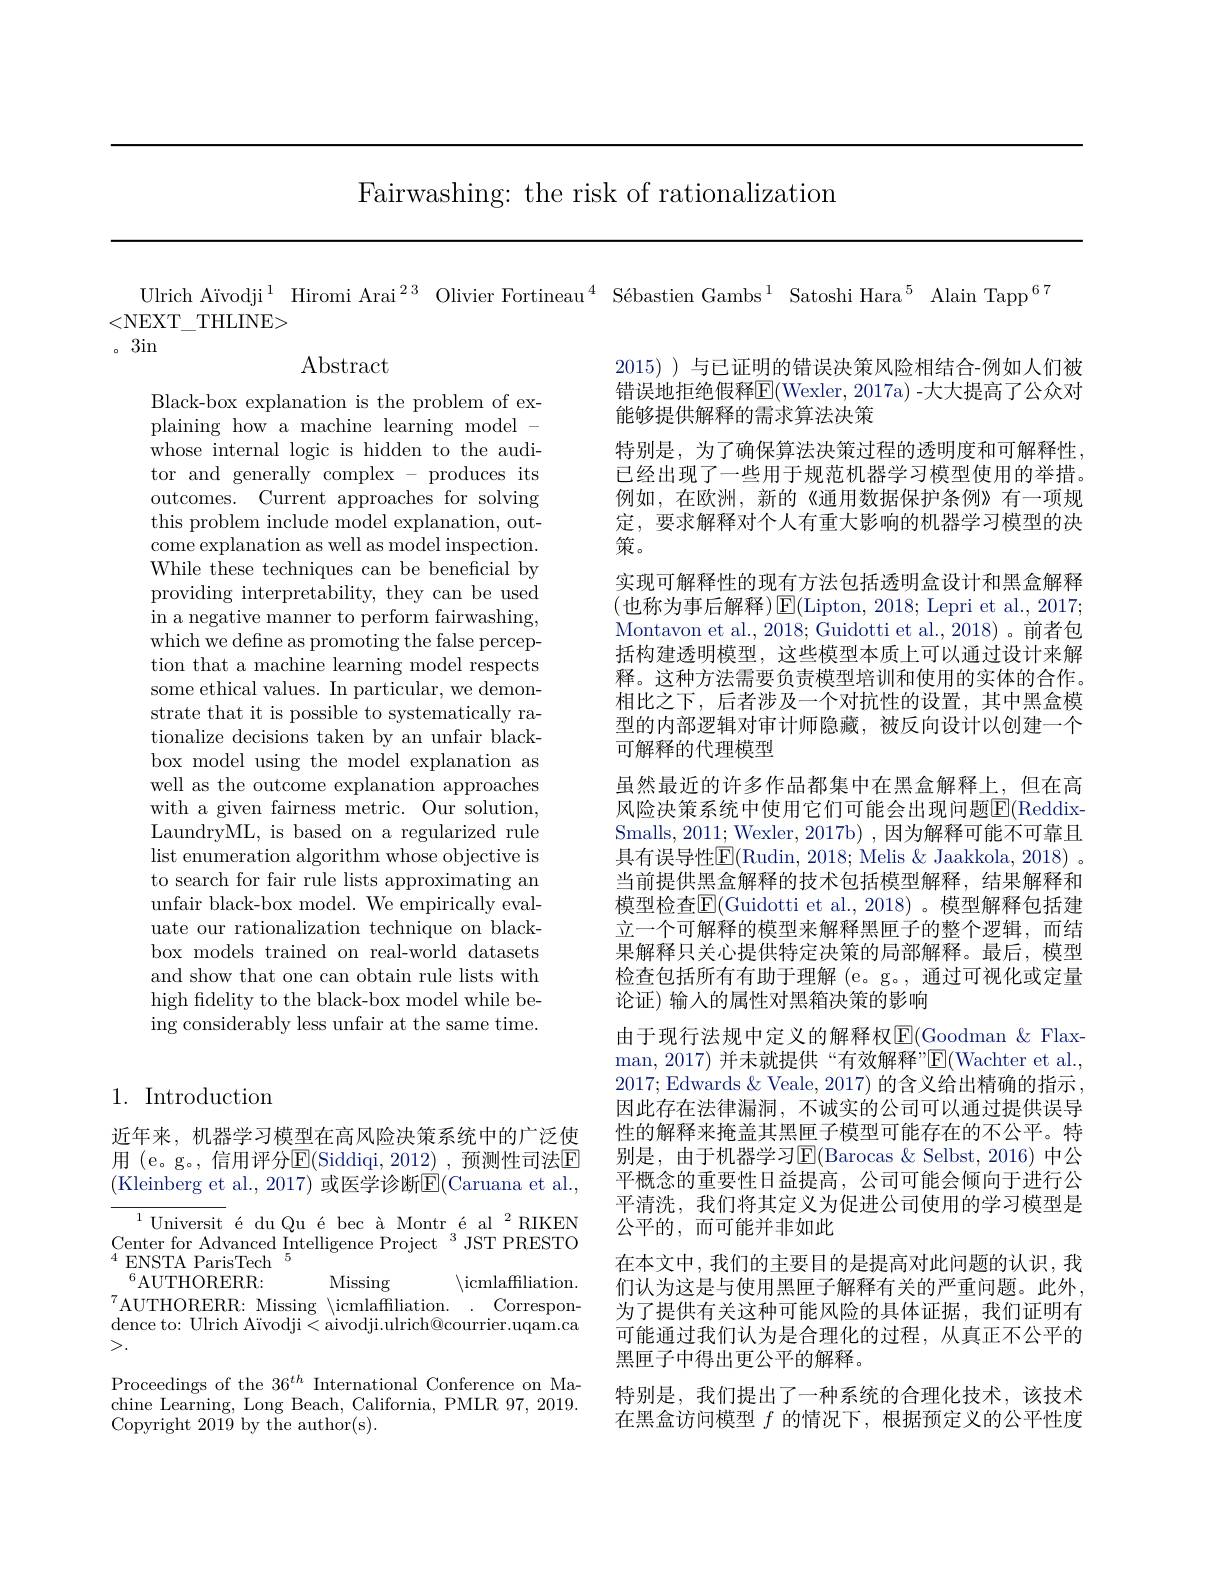
Fairwashing: the risk of rationalization

Ulrich Aïvodji$^{1}$ Hiromi Arai$^{23}$ Olivier Fortineau$^{4}$ Sébastien Gambs$^{1}$ Satoshi Hara$^{5}$ Alain Tapp$^{67}$
<NEXT\_THLINE>
。3in

Abstract

Black-box explanation is the problem of explaining how a machine learning model - whose internal logic is hidden to the auditor and generally complex - produces its outcomes. Current approaches for solving this problem include model explanation, outcome explanation as well as model inspection. While these techniques can be beneficial by providing interpretability, they can be used in a negative manner to perform fairwashing, which we define as promoting the false perception that a machine learning model respects some ethical values. In particular, we demonstrate that it is possible to systematically rationalize decisions taken by an unfair blackbox model using the model explanation as well as the outcome explanation approaches with a given fairness metric. Our solution, LaundryML, is based on a regularized rule list enumeration algorithm whose objective is to search for fair rule lists approximating an unfair black-box model. We empirically evaluate our rationalization technique on blackbox models trained on real-world datasets and show that one can obtain rule lists with high fidelity to the black-box model while being considerably less unfair at the same time.

2015) ) 与已证明的错误决策风险相结合-例如人们被错误地拒绝假释E(Wexler, 2017a) -大大提高了公众对能够提供解释的需求算法决策
特别是，为了确保算法决策过程的透明度和可解释性， 已经出现了一些用于规范机器学习模型使用的举措。例如，在欧洲，新的《通用数据保护条例》有一项规定，要求解释对个人有重大影响的机器学习模型的决策。
实现可解释性的现有方法包括透明盒设计和黑盒解释(也称为事后解释$)\operatorname{E}($Lipton, 2018; Lepri et al.,2017; Montavon et al., 2018; Guidotti et al., 2018)。前者包括构建透明模型，这些模型本质上可以通过设计来解释。这种方法需要负责模型培训和使用的实体的合作。相比之下，后者涉及一个对抗性的设置，其中黑盒模型的内部逻辑对审计师隐藏，被反向设计以创建一个可解释的代理模型
虽然最近的许多作品都集中在黑盒解释上，但在高风险决策系统中使用它们可能会出现问题E(ReddixSmalls,2011; Wexler, 2017b) , 因为解释可能不可靠且具有误导性$\overline{\mathrm{E}}($Rudin, 2018; Melis &Jaakkola, 2018) 。当前提供黑盒解释的技术包括模型解释，结果解释和模型检查$\mathbb{E}($Guidotti et al., 2018)。模型解释包括建立一个可解释的模型来解释黑匣子的整个逻辑，而结果解释只关心提供特定决策的局部解释。最后，模型检查包括所有有助于理解 (e。g。, 通过可视化或定量论证) 输入的属性对黑箱决策的影响
由于现行法规中定义的解释权$\operatorname{E}($Goodman &Flaxman, 2017) 并未就提供“有效解释”E( Wachter et al. , 2017;Edwards $\&$ Veale, 2017) 的含义给出精确的指示， 因此存在法律漏洞，不诚实的公司可以通过提供误导性的解释来掩盖其黑匣子模型可能存在的不公平。特别是，由于机器学习$\operatorname{E}($Barocas $\&$ Selbst, 2016) 中公平概念的重要性日益提高，公司可能会倾向于进行公平清洗，我们将其定义为促进公司使用的学习模型是公平的，而可能并非如此
在本文中，我们的主要目的是提高对此问题的认识，我们认为这是与使用黑匣子解释有关的严重问题。此外， 为了提供有关这种可能风险的具体证据，我们证明有可能通过我们认为是合理化的过程，从真正不公平的黑匣子中得出更公平的解释。
特别是，我们提出了一种系统的合理化技术，该技术在黑盒访问模型$f$的情况下，根据预定义的公平性度

## 1. Introduction

近年来，机器学习模型在高风险决策系统中的广泛使用 (e。g。, 信用评分$\operatorname{E}($Siddiqi, 2012) , 预测性司法$\operatorname{E}$ (Kleinberg et al., 2017) 或医学诊断E$( Caruana et al. $,
$^{1}\text{Universit \'{e}duQu\'{e}bec\`{a}Montr\'{e}al}^{2}$RIKEN Center for Advanced Intelligence Project $^{3}$ JST PRESTO
$\langle$icmlaffiliation.
$^{6}$AUTHORERR:
Missing
$^{7}$AUTHORERR: Missing$\setminus$icmlaffiliation.
Correspon-
dence to: Ulrich Aïvodji<aivodji.ulrich@courrier.uqam.ca
>.
Proceedings of the 36$^th$ International Conference on Machine Learning, Long Beach, California, PMLR 97, 2019. Copyright 2019 by the author(s).